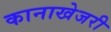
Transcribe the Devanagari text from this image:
कानाखेजरी